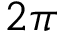
2 \pi